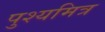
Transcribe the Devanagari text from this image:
पुश्यमित्र